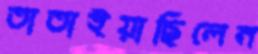
তাতাইয়াছিলেন